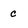
Character: c